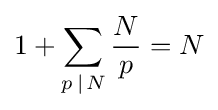
1+\sum _{p\,|\;\!N}{\frac {N}{p}}=N